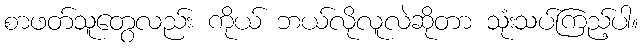
စာဖတ်သူတွေလည်း ကိုယ် ဘယ်လိုလူလဲဆိုတာ သုံးသပ်ကြည့်ပါ။